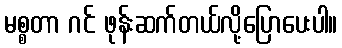
မစ္စတာ ဂင် ဖုန်းဆက်တယ်လို့ပြောပေးပါ။